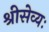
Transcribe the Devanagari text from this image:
श्रीसेव्यः